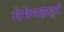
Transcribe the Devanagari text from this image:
गेमेनहार्ड्ट